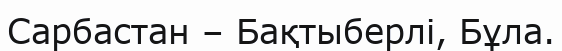
Сарбастан – Бақтыберлі, Бұла.